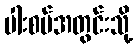
ပါးစပ်အတွင်းသို့